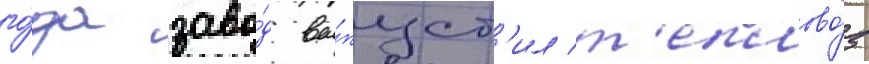
го́да заво́д вы́пуст'ил т'еплово́з